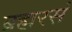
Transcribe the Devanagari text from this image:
ब्रह्मरसं